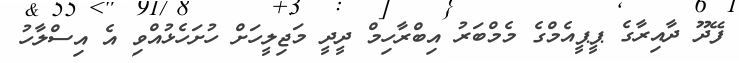
ފޭދޫ ދާއިރާގެ ޕީޕީއެމްގެ މެމްބަރު އިބްރާހިމް ދީދީ މަޖިލީހަށް ހުށަހެޅުއްވި އެ އިސްލާހު